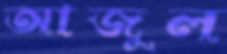
আজুল